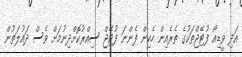
އަދި ވީޑިއޯ ފުޓޭޖްތަކުގެ ތެރެއިން ހެކިން ފެންނަ ފުޓޭޖް ސިއްރުކޮށްދިނުމަށް ވެސް ދައުލަތުން